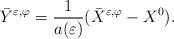
LaTeX: \begin{align*}\bar{Y}^{\varepsilon ,\varphi }=\frac{1}{a(\varepsilon )}(\bar{X}^{\varepsilon ,\varphi }-X^{0}). \end{align*}